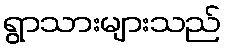
ရွာသားများသည်